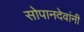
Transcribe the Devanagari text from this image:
सोपानदेवांनी